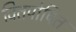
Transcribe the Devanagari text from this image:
वितपोषित